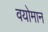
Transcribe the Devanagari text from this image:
वयोमान